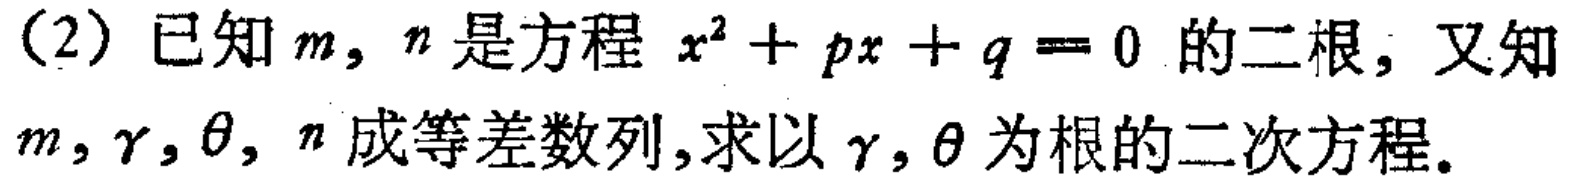
(2) 已知\(m\)，\(n\)是方程\(x^{2}+px + q = 0\)的二根，又知\(m\)，\(\gamma\)，\(\theta\)，\(n\)成等差数列，求以\(\gamma\)，\(\theta\)为根的二次方程。